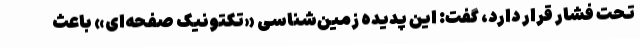
تحت فشار قرار دارد، گفت: این پدیده زمین‌شناسی «تکتونیک صفحه‌ای» باعث